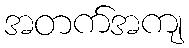
အတက်အကျ